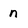
Character: n